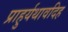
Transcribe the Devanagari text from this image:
प्राहुर्यथावदिह